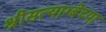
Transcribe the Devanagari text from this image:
श्रीसत्याम्बेच्या